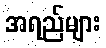
အရည်များ